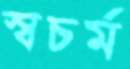
স্বচর্ম